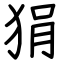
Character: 狷